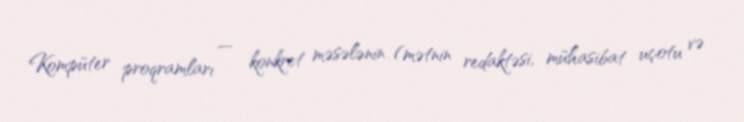
Kompüter proqramları — konkret məsələnin (mətnin redaktəsi, mühasibat uçotu və